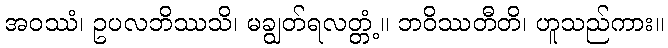
အဝဿံ၊ ဥပလဘိဿသိ၊ မချွတ်ရလတ္တံ့။ ဘဝိဿတီတိ၊ ဟူသည်ကား။